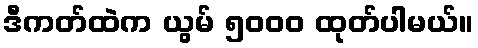
ဒီကတ်ထဲက ယွမ် ၅၀၀၀ ထုတ်ပါမယ်။